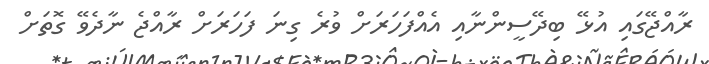
ރާއްޖޭގައި އުޅޭ ބިދޭސީންނާއި އެއްފަހަރަށް ވުރެ ގިނަ ފަހަރަށް ރާއްޖެ ނާދެވޭ ގޮތަށް